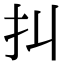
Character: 㧃